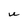
Character: U